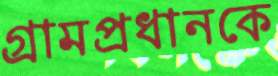
গ্রামপ্রধানকে